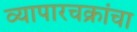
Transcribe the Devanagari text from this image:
व्यापारचक्रांचा